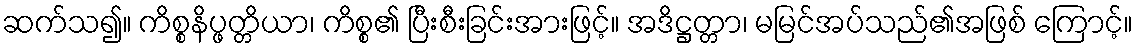
ဆက်သ၍။ ကိစ္စနိပ္ဖတ္တိယာ၊ ကိစ္စ၏ ပြီးစီးခြင်းအားဖြင့်။ အဒိဋ္ဌတ္တာ၊ မမြင်အပ်သည်၏အဖြစ် ကြောင့်။